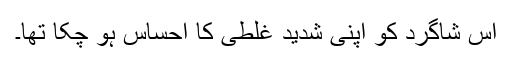
اس شاگرد کو اپنی شدید غلطی کا احساس ہو چکا تھا۔